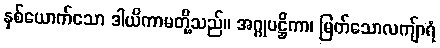
နှစ်ယောက်သော ဒါယိကာမတို့သည်။ အဂ္ဂုပဋ္ဌိကာ၊ မြတ်သောလကျ်ာရံ